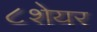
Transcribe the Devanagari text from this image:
८शेयर